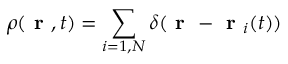
\rho ( \textbf { r } , t ) = \sum _ { i = 1 , N } \delta ( \textbf { r } - \textbf { r } _ { i } ( t ) )